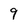
Character: 9